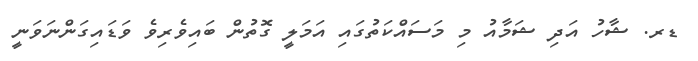
ޑރ. ޝާހު އަދި ޝަމާއު މި މަސައްކަތުގައި އަމަލީ ގޮތުން ބައިވެރިވެ ވަޑައިގަންނަވަނީ